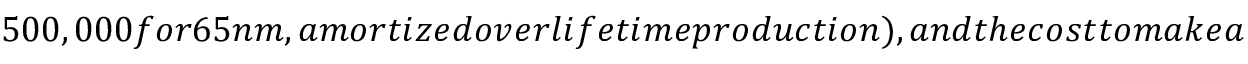
5 0 0 , 0 0 0 f o r 6 5 n m , a m o r t i z e d o v e r l i f e t i m e p r o d u c t i o n ) , a n d t h e c o s t t o m a k e a n i n t e r p o s e r , w h i c h w e a s s u m e i s m a d e o f t h e s a m e P C B ( a n d c a r r y i n g t h e s a m e c o s t p e r u n i t a r e a ) a s t h a t d i s c u s s e d i n t h e n e x t s e c t i o n ) . I f t h e i n t e r p o s e r i s 3 x t h e a r e a o f t h e c h i p , o u r f i n a l c o s t p e r u n i t a r e a f o r t h e R F I C i s